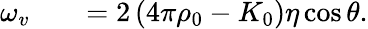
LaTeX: \begin{array}{rlr}{\omega_{v}}&{{}}&{=2\left(4\pi\rho_{0}-K_{0}\right)\eta\cos\theta.}\end{array}